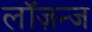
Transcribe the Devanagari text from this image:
लॉज़न्ज